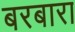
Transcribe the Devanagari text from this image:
बरबारा